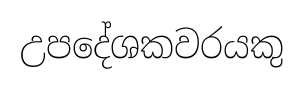
උපදේශකවරයකු